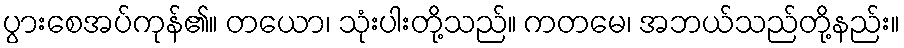
ပွားစေအပ်ကုန်၏။ တယော၊ သုံးပါးတို့သည်။ ကတမေ၊ အဘယ်သည်တို့နည်း။